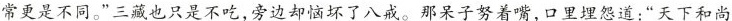
常更是不同。”三藏也只是不吃，旁边却恼坏了八戒。那呆子努着嘴，口里埋怨道：”天下和尚